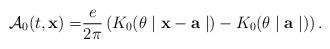
LaTeX: \begin{align*}\mathcal{A}_{0}(t,\mathbf{x)=}\frac{e}{2\pi }\left( K_{0}(\theta \mid \mathbf{x-a}\mid )-K_{0}(\theta \mid \mathbf{a}\mid )\right) . \end{align*}